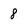
Character: 8